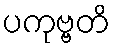
ပကုဗ္ဗတိ